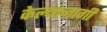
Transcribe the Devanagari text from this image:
केल्याजागी